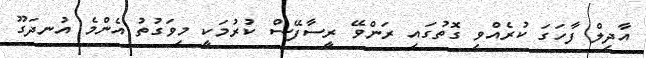
އާދިލް ފާހަގަ ކުރެއްވި ގޮތުގައި ރަންވޭ ރީސާފޭސް ކުރުމަކީ މިވަގުތު އެންމެ އުނދަގޫ